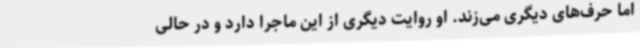
اما حرف‌های دیگری می‌زند. او روایت دیگری از این ماجرا دارد و در حالی‌